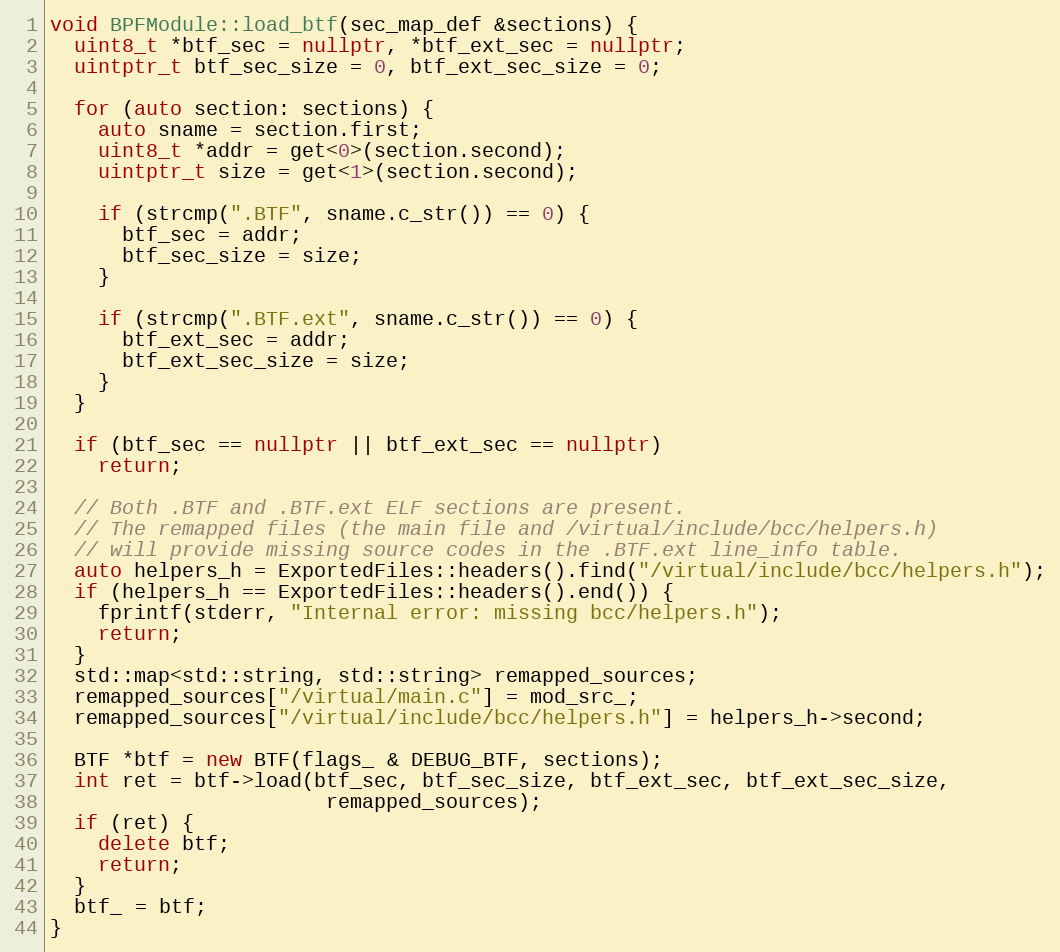
Language: C++
void BPFModule::load_btf(sec_map_def &sections) {
  uint8_t *btf_sec = nullptr, *btf_ext_sec = nullptr;
  uintptr_t btf_sec_size = 0, btf_ext_sec_size = 0;

  for (auto section: sections) {
    auto sname = section.first;
    uint8_t *addr = get<0>(section.second);
    uintptr_t size = get<1>(section.second);

    if (strcmp(".BTF", sname.c_str()) == 0) {
      btf_sec = addr;
      btf_sec_size = size;
    }

    if (strcmp(".BTF.ext", sname.c_str()) == 0) {
      btf_ext_sec = addr;
      btf_ext_sec_size = size;
    }
  }

  if (btf_sec == nullptr || btf_ext_sec == nullptr)
    return;

  // Both .BTF and .BTF.ext ELF sections are present.
  // The remapped files (the main file and /virtual/include/bcc/helpers.h)
  // will provide missing source codes in the .BTF.ext line_info table.
  auto helpers_h = ExportedFiles::headers().find("/virtual/include/bcc/helpers.h");
  if (helpers_h == ExportedFiles::headers().end()) {
    fprintf(stderr, "Internal error: missing bcc/helpers.h");
    return;
  }
  std::map<std::string, std::string> remapped_sources;
  remapped_sources["/virtual/main.c"] = mod_src_;
  remapped_sources["/virtual/include/bcc/helpers.h"] = helpers_h->second;

  BTF *btf = new BTF(flags_ & DEBUG_BTF, sections);
  int ret = btf->load(btf_sec, btf_sec_size, btf_ext_sec, btf_ext_sec_size,
                       remapped_sources);
  if (ret) {
    delete btf;
    return;
  }
  btf_ = btf;
}